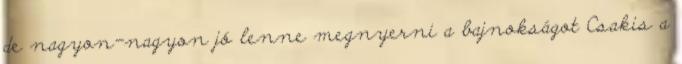
de nagyon-nagyon jó lenne megnyerni a bajnokságot Csakis a